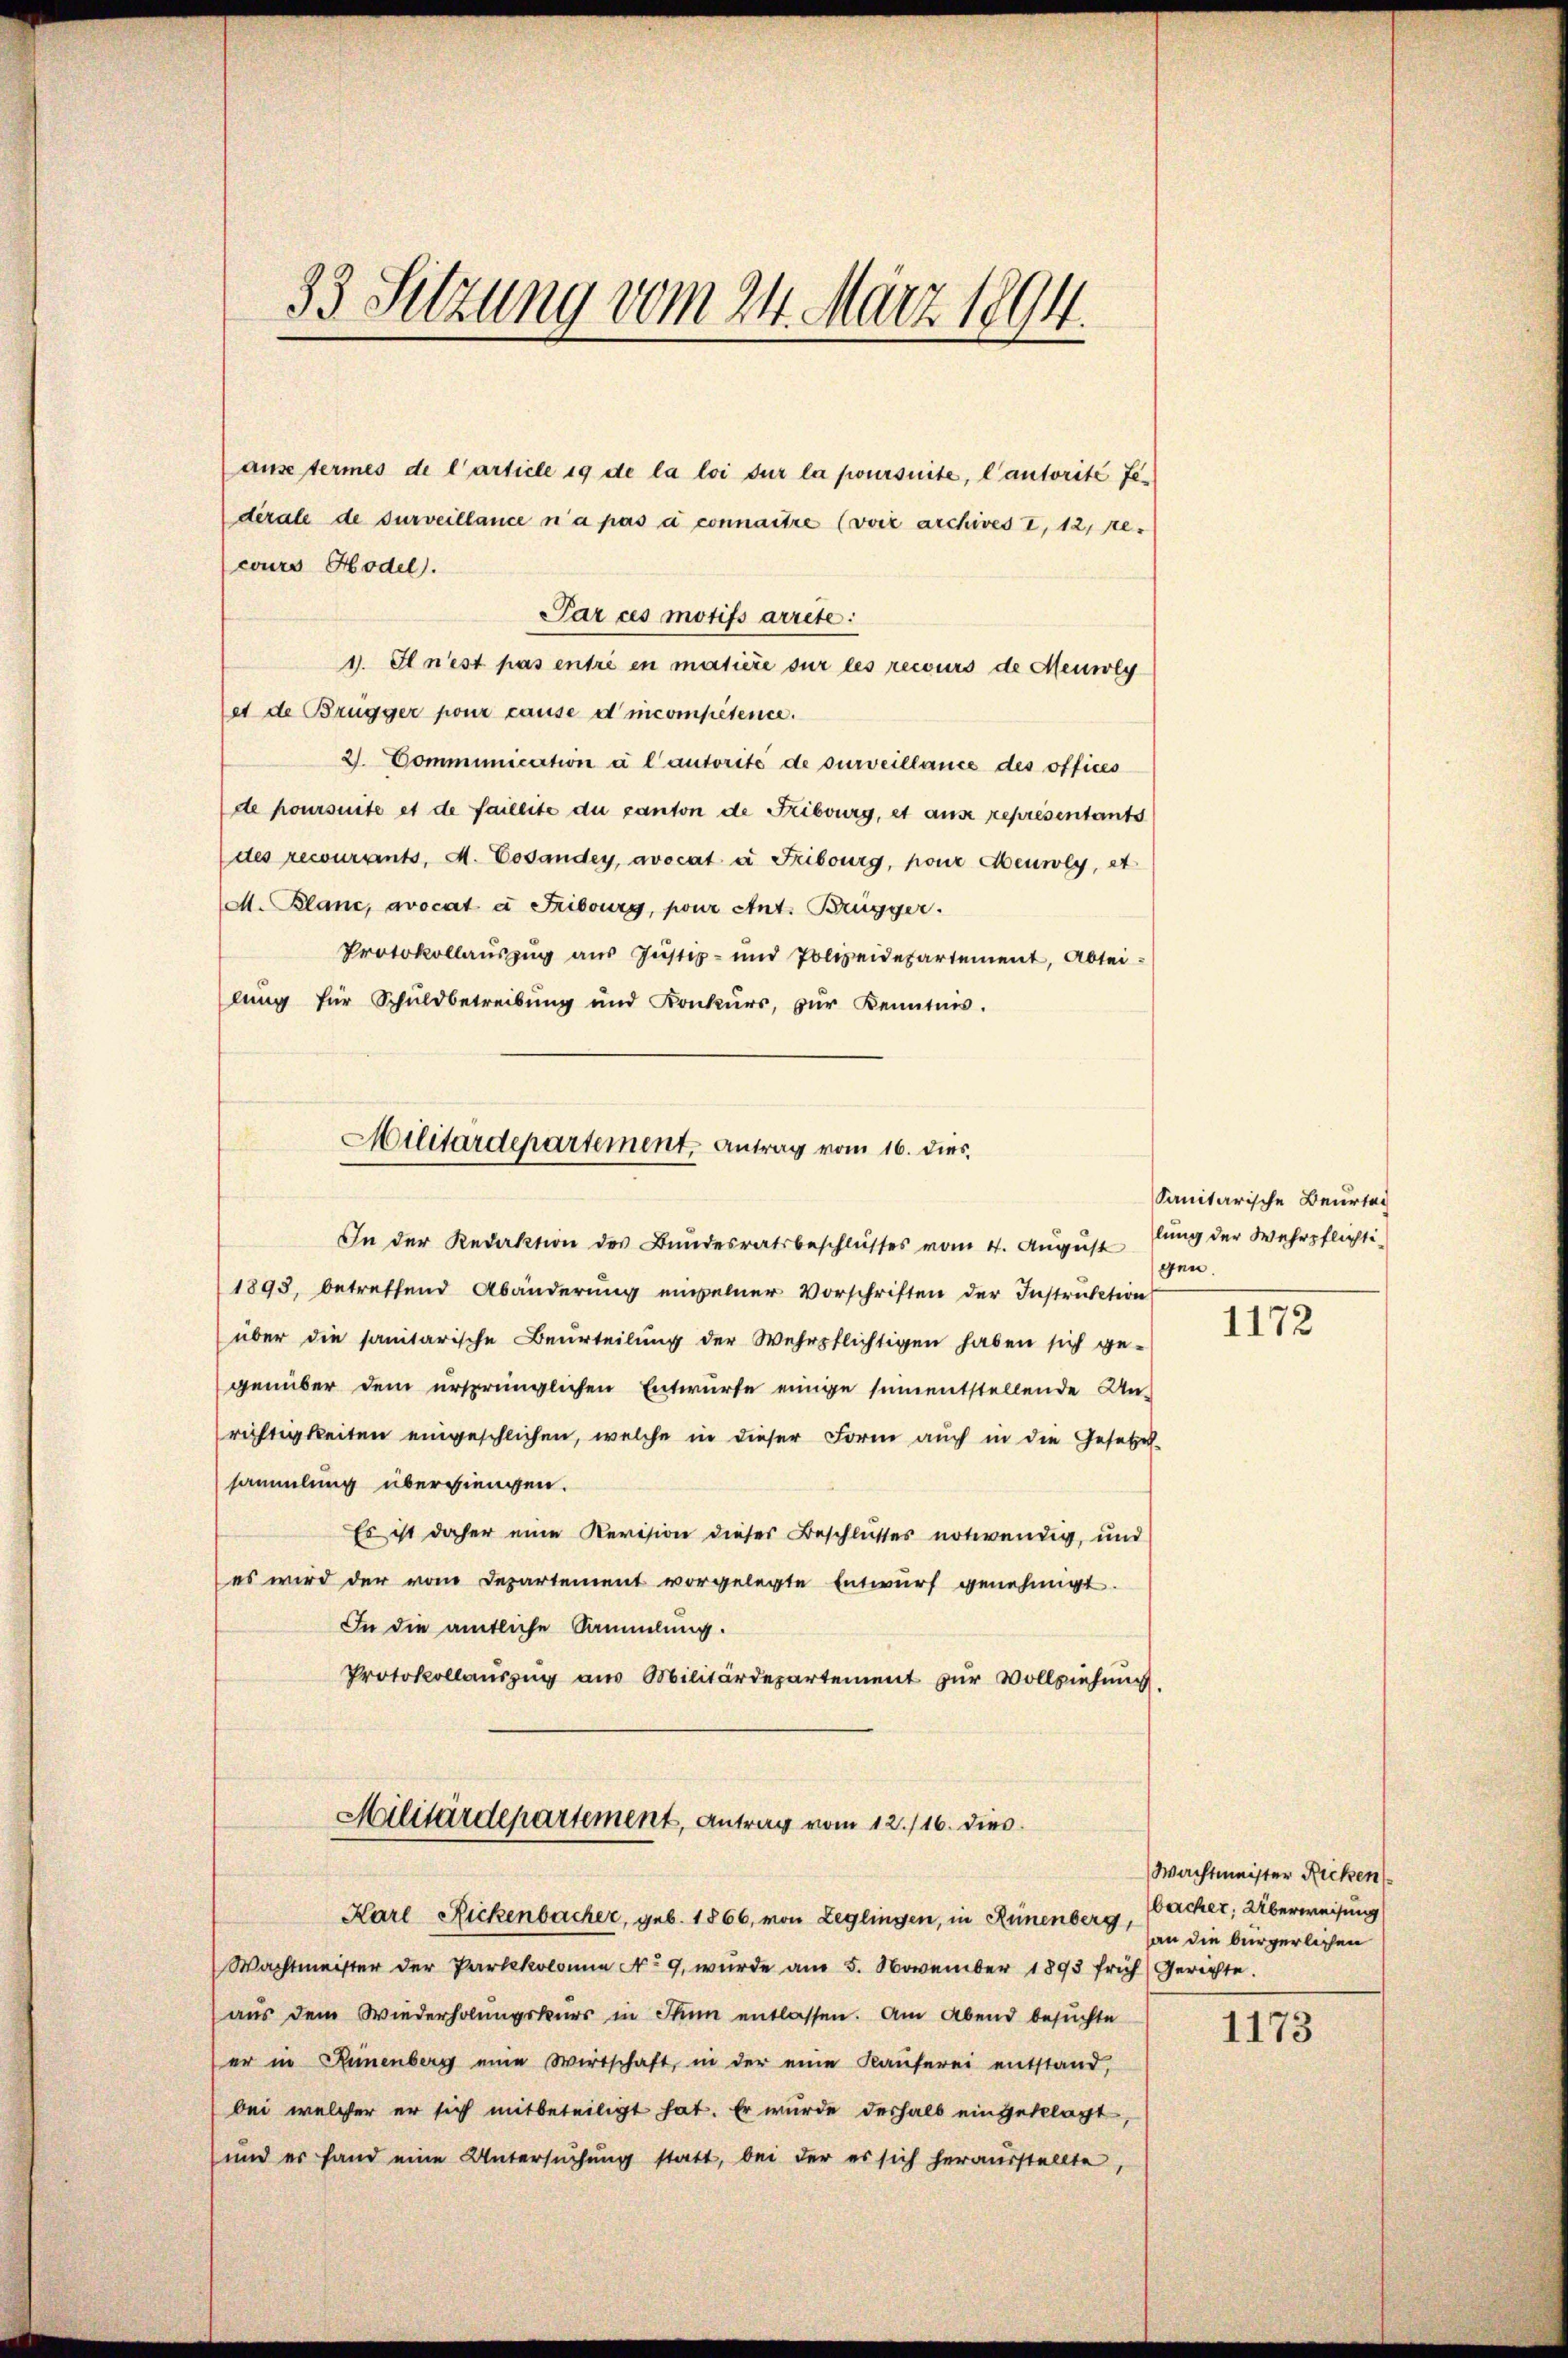
33 Sitzung vom 24. März 1894.

ause termes de l’article 19 de la loi sur la poursuite, l’autorité Jedérale de surveillance n’a pas à connaitre (voir archives I, 12, re-
cours Hodel).
Par ces motifs arrete:
1. Il n’est pas entré en matière sur les recours de Meisoly
et de Brugger pour cause d incompétence.
2. Communication à l’autorité de surveillance des offices
de poursuite et de faillite du canton de Fribourg, et aus représentants
des recourants, A. Cesandey, avocat à Fribourg, honz Heuwey, et
M. Blanc, avocat e Fribourg, pour Ant. Brügger.
Protokollaŭszŭg aŭs Jŭstiz- und Polizeidepartement, Abtei-
lŭng für Schuldbetreibŭng und Konkŭrs, zŭr Kenntnis.
In der Redaktion des Bundesratsbeschlusses vom 4. August gen.
1893, betreffend Abänderung einzelner Vorschriften der Instruktion
über die sanitarische Beurteilung der Wehrpflichtigen haben sich ge-
genüber dem ursprünglichen Entwurfe einige sementstellende Unrichtigkeiten eingeschlichen, welche in dieser Form auch in die Gesetzes-
sammlung übergiengen.
Es ist daher eine Revision dieser Beschlußes notwendig, und
es wird der vom Departement vorgelegte Entwurf genehmigt.
In die amtliche Sammlung.
Protokollauszug aus Militärdepartement zur Vollziehung.
Militärdepartement, Antrag vom 12./16. dies
Karl Rickenbacher, geb. 1866, von Leglingen, in Rünenberg,
Wachtmeister der Parlekolonie No. 9, wurde am 5. November 1893 früh Gerichte.
aus dem Wiederholŭngskurs in Thun entlassen. Am Abend besuchte
er in Reinenberg eine Wirtschaft, in der eine Kaŭferei entstand,
bei welcher er sich mitbeteiligt hat. Er wurde deshalb eingeklagt,
und er fand eine Untersŭchŭng statt, bei der es sich heraŭsstellte,

Militärdepartement, Antrag vom 16. dies

Sanitärische Beurtei
lung der Wehrpflichti¬

1172

Wachtmeister Ricken
bacher, Überweisung
an die bürgerlichen

1173